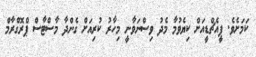
ކަމަށެވެ. ޕީއެޗްޑީއަށް ކިޔެވުމާ މެދު ވިސްނަވާނީ މިހާރު ކުރިއަށް ގެންދާ މާސްޓާސް ޕްރޮގްރާމް